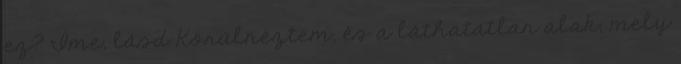
ez? Íme, lásd Körülnéztem, és a láthatatlan alak, mely